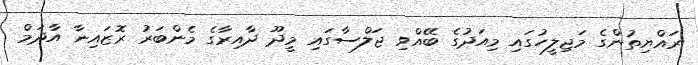
ރައްޔިތުންގެ މަޖިލީހުގައި މިއަދުގެ ބޭއްވި ޖަލްސާގައި މީދޫ ދާއިރާގެ މެންބަރު ރޮޒައިނާ އާދަމް